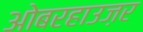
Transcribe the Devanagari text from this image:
ओबरहाउज़र